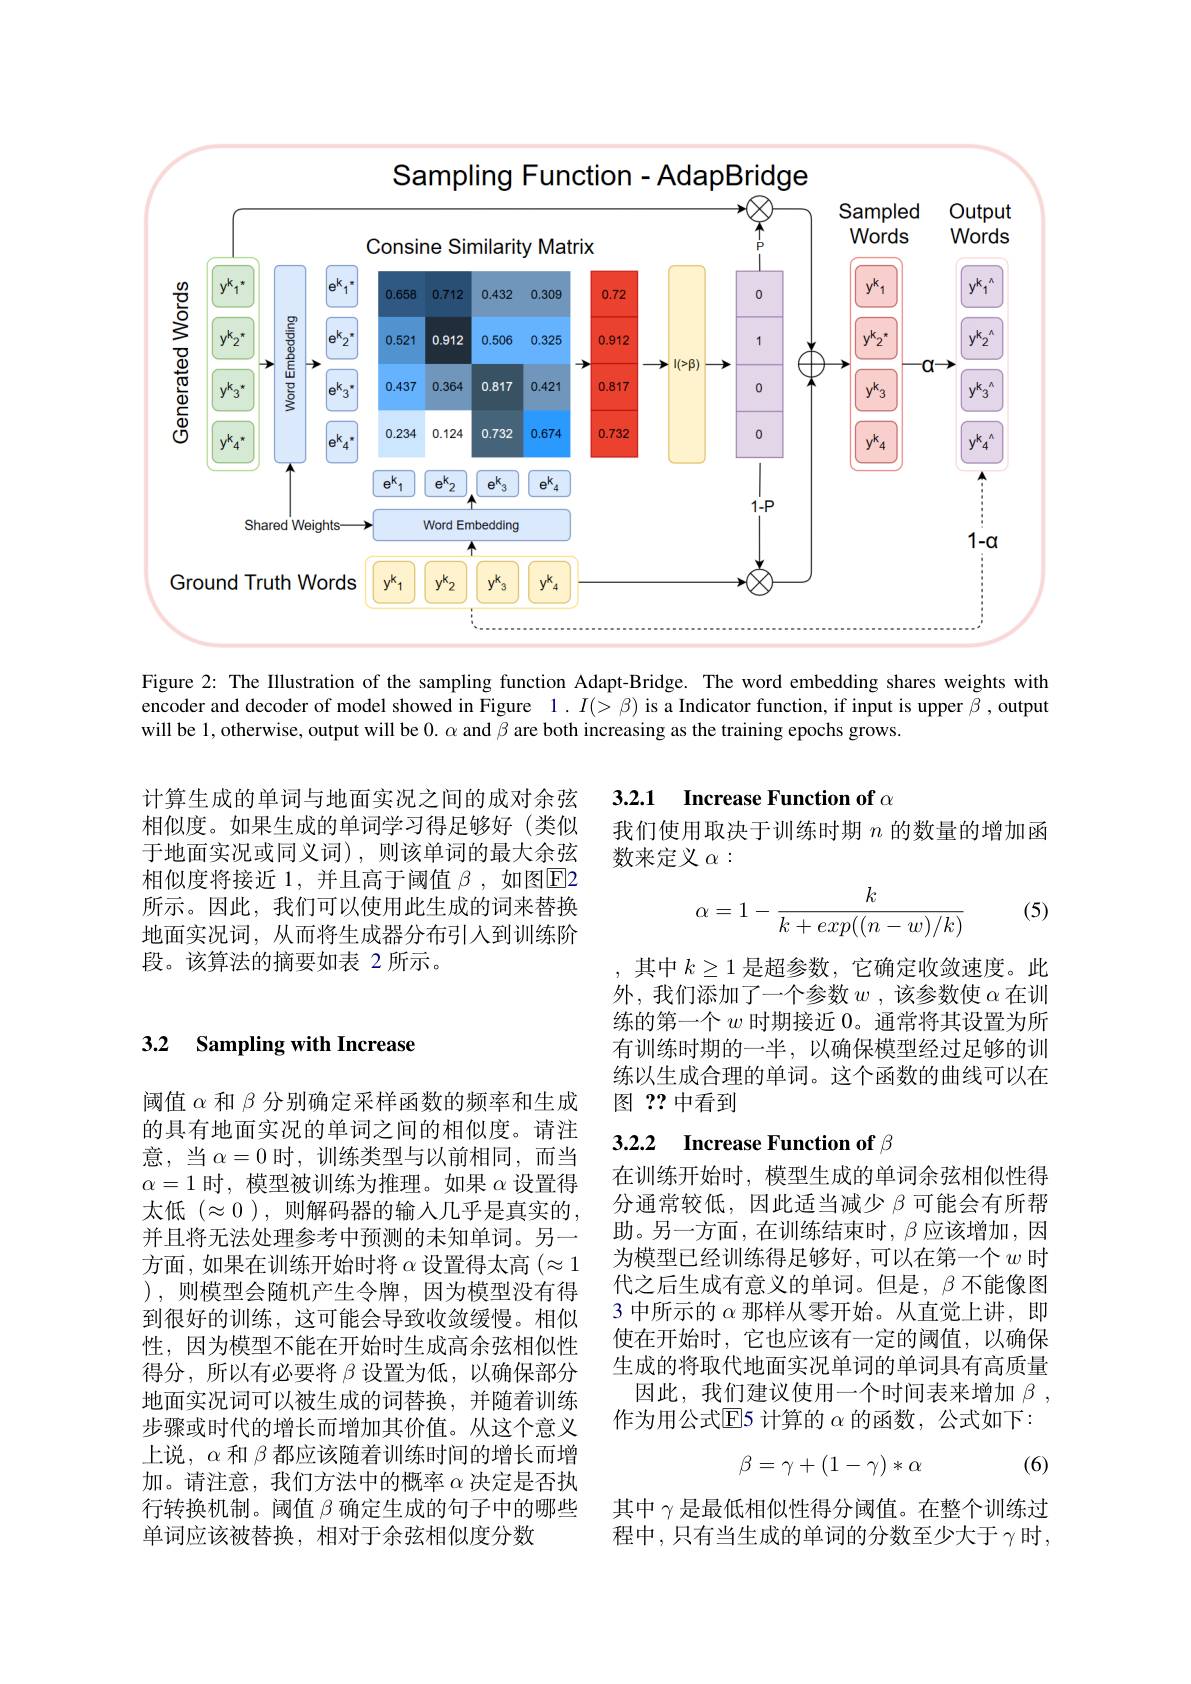
<FigureHere>

Figure 2: The Illustration of the sampling function Adapt-Bridge. The word embedding shares weights with encoder and decoder of model showed in Figure $1.I(>\beta)$ is a Indicator function, if input is upper $\beta$,output will be 1, otherwise, output will be $0.\alpha$ and $\beta$ are both increasing as the training epochs grows.

## 3.2.1 Increase Function of $\alpha$

我们使用取决于训练时期$n$的数量的增加函
数来定义$\alpha:$

计算生成的单词与地面实况之间的成对余弦相似度。如果生成的单词学习得足够好(类似于地面实况或同义词),则该单词的最大余弦相似度将接近 1,并且高于阈值 $\beta$ ,如图$\overline{\mathrm{E}}$2所示。因此，我们可以使用此生成的词来替换地面实况词，从而将生成器分布引人到训练阶段。该算法的摘要如表 2 所示。

(5)
$$\alpha=1-\frac{k}{k+exp((n-w)/k)}$$
其中$k\geq1$是超参数，它确定收敛速度。此外，我们添加了一个参数$w$ ,该参数使$\alpha$在训练的第一个$w$时期接近 0。通常将其设置为所有训练时期的一半，以确保模型经过足够的训练以生成合理的单词。这个函数的曲线可以在图？?中看到

# 3.2 Sampling with Increase

# 3.2.2 Increase Function of $\beta$

在训练开始时，模型生成的单词余弦相似性得分通常较低，因此适当减少$\beta$可能会有所帮助。另一方面，在训练结束时，$\beta$应该增加，因为模型已经训练得足够好，可以在第一个$w$时代之后生成有意义的单词。但是，$\beta$不能像图3 中所示的$\alpha$那样从零开始。从直觉上讲，即使在开始时，它也应该有一定的阈值，以确保生成的将取代地面实况单词的单词具有高质量
因此，我们建议使用一个时间表来增加$\beta$, 作为用公式$\operatorname{E}$5 计算的 $\alpha$ 的函数，公式如下：

阈值$\alpha$和$\beta$分别确定采样函数的频率和生成的具有地面实况的单词之间的相似度。请注意，当$\alpha=0$时，训练类型与以前相同，而当$\alpha=1$时 , 模型被训练为推理。如果$\alpha$设置得太低 $(\approx0)$, 则解码器的输入几乎是真实的， 并且将无法处理参考中预测的未知单词。另一方面，如果在训练开始时将$\alpha$设置得太高$(\approx1$ ),则模型会随机产生令牌，因为模型没有得到很好的训练，这可能会导致收敛缓慢。相似性，因为模型不能在开始时生成高余弦相似性得分，所以有必要将$\beta$设置为低，以确保部分地面实况词可以被生成的词替换，并随着训练步骤或时代的增长而增加其价值。从这个意义上说，$\alpha$和$\beta$都应该随着训练时间的增长而增加。请注意，我们方法中的概率$\alpha$决定是否执行转换机制。阈值$\beta$确定生成的句子中的哪些单词应该被替换，相对于余弦相似度分数
$$\beta=\gamma+(1-\gamma)*\alpha $$
(6)

其中$\gamma$是最低相似性得分阈值。在整个训练过程中，只有当生成的单词的分数至少大于$\gamma$时，